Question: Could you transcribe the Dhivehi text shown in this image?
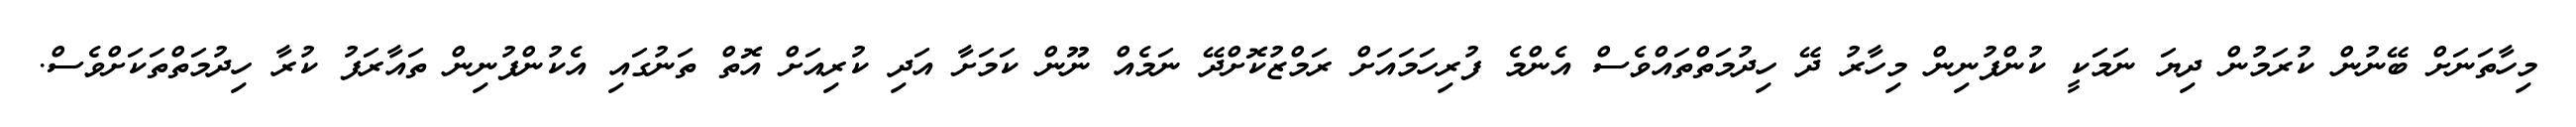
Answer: މިހާތަނަށް ބޭނުން ކުރަމުން ދިޔަ ނަމަކީ ކުންފުނިން މިހާރު ދޭ ހިދުމަތްތައްވެސް އެންމެ ފުރިހަމައަށް ރަމްޒުކޮށްދޭ ނަމެއް ނޫން ކަމަށާ އަދި ކުރިއަށް އޮތް ތަނުގައި އެކުންފުނިން ތައާރަފު ކުރާ ހިދުމަތްތަކަށްވެސް.